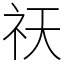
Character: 祆